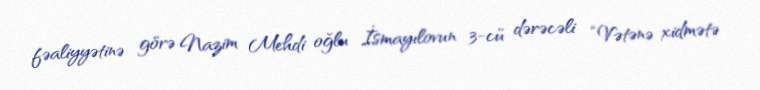
fəaliyyətinə görə Nazim Mehdi oğlu İsmayılovun 3-cü dərəcəli “Vətənə xidmətə